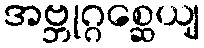
အဗ္ဘုဂ္ဂစ္ဆေယျ